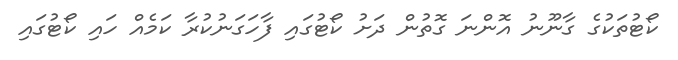
ކޯޓުތަކުގެ ގާނޫނު އޮންނަ ގޮތުން ދަށު ކޯޓުގައި ފާހަގަނުކުރާ ކަމެއް ހައި ކޯޓުގައި